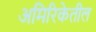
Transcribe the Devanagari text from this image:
अमिरिकेतील